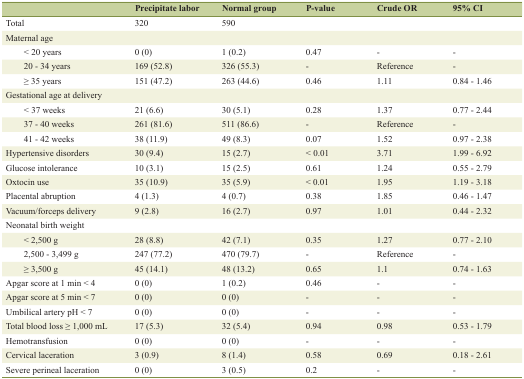
<table><thead><tr><td></td><td><b>Precipitate labor</b></td><td><b>Normal group</b></td><td><b>P-value</b></td><td><b>Crude OR</b></td><td><b>95% CI</b></td></tr></thead><tbody><tr><td>Total</td><td>320</td><td>590</td><td></td><td></td><td></td></tr><tr><td>Maternal age</td><td></td><td></td><td></td><td></td><td></td></tr><tr><td>&lt; 20 years</td><td>0 (0)</td><td>1 (0.2)</td><td>0.47</td><td>-</td><td>-</td></tr><tr><td>20 - 34 years</td><td>169 (52.8)</td><td>326 (55.3)</td><td>-</td><td>Reference</td><td>-</td></tr><tr><td>≥ 35 years</td><td>151 (47.2)</td><td>263 (44.6)</td><td>0.46</td><td>1.11</td><td>0.84 - 1.46</td></tr><tr><td>Gestational age at delivery</td><td></td><td></td><td></td><td></td><td></td></tr><tr><td>&lt; 37 weeks</td><td>21 (6.6)</td><td>30 (5.1)</td><td>0.28</td><td>1.37</td><td>0.77 - 2.44</td></tr><tr><td>37 - 40 weeks</td><td>261 (81.6)</td><td>511 (86.6)</td><td>-</td><td>Reference</td><td>-</td></tr><tr><td>41 - 42 weeks</td><td>38 (11.9)</td><td>49 (8.3)</td><td>0.07</td><td>1.52</td><td>0.97 - 2.38</td></tr><tr><td>Hypertensive disorders</td><td>30 (9.4)</td><td>15 (2.7)</td><td>&lt; 0.01</td><td>3.71</td><td>1.99 - 6.92</td></tr><tr><td>Glucose intolerance</td><td>10 (3.1)</td><td>15 (2.5)</td><td>0.61</td><td>1.24</td><td>0.55 - 2.79</td></tr><tr><td>Oxtocin use</td><td>35 (10.9)</td><td>35 (5.9)</td><td>&lt; 0.01</td><td>1.95</td><td>1.19 - 3.18</td></tr><tr><td>Placental abruption</td><td>4 (1.3)</td><td>4 (0.7)</td><td>0.38</td><td>1.85</td><td>0.46 - 1.47</td></tr><tr><td>Vacuum/forceps delivery</td><td>9 (2.8)</td><td>16 (2.7)</td><td>0.97</td><td>1.01</td><td>0.44 - 2.32</td></tr><tr><td>Neonatal birth weight</td><td></td><td></td><td></td><td></td><td></td></tr><tr><td>&lt; 2,500 g</td><td>28 (8.8)</td><td>42 (7.1)</td><td>0.35</td><td>1.27</td><td>0.77 - 2.10</td></tr><tr><td>2,500 - 3,499 g</td><td>247 (77.2)</td><td>470 (79.7)</td><td>-</td><td>Reference</td><td>-</td></tr><tr><td>≥ 3,500 g</td><td>45 (14.1)</td><td>48 (13.2)</td><td>0.65</td><td>1.1</td><td>0.74 - 1.63</td></tr><tr><td>Apgar score at 1 min &lt; 4</td><td>0 (0)</td><td>1 (0.2)</td><td>0.46</td><td>-</td><td>-</td></tr><tr><td>Apgar score at 5 min &lt; 7</td><td>0 (0)</td><td>0 (0)</td><td>-</td><td>-</td><td>-</td></tr><tr><td>Umbilical artery pH &lt; 7</td><td>0 (0)</td><td>0 (0)</td><td>-</td><td>-</td><td>-</td></tr><tr><td>Total blood loss ≥ 1,000 mL</td><td>17 (5.3)</td><td>32 (5.4)</td><td>0.94</td><td>0.98</td><td>0.53 - 1.79</td></tr><tr><td>Hemotransfusion</td><td>0 (0)</td><td>0 (0)</td><td>-</td><td>-</td><td>-</td></tr><tr><td>Cervical laceration</td><td>3 (0.9)</td><td>8 (1.4)</td><td>0.58</td><td>0.69</td><td>0.18 - 2.61</td></tr><tr><td>Severe perineal laceration</td><td>0 (0)</td><td>3 (0.5)</td><td>0.2</td><td>-</td><td>-</td></tr></tbody></table>